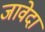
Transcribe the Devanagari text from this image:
जावेदा